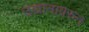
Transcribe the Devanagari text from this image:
उद्यानावरुन